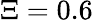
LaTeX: \Xi=0.6